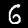
Label: 6